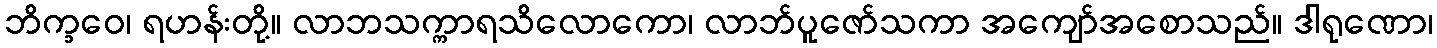
ဘိက္ခဝေ၊ ရဟန်းတို့။ လာဘသက္ကာရသိလောကော၊ လာဘ်ပူဇော်သကာ အကျော်အစောသည်။ ဒါရုဏော၊